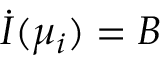
\dot { I } ( \mu _ { i } ) = B